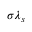
\sigma \lambda _ { s }